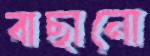
বাছানো